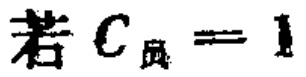
若 \(C_{员}=1\)